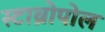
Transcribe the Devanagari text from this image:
स्टाव्रोपोल